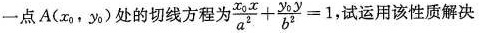
一点A(x_{0}，y_{0})处的切线方程为 $$\frac { x _ { 0 } x } { a ^ { 2 } } + \frac { y _ { 0 } y } { b ^ { 2 } } = 1$$ 试运用该性质解决